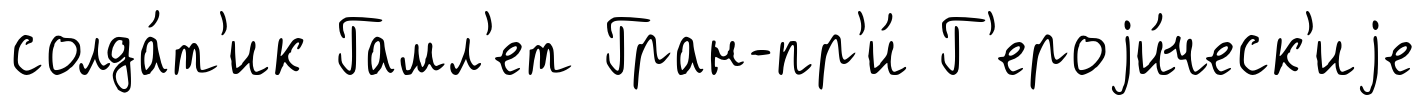
солда́т'ик Гамл'ет Гран-пр'и́ Г'ероjи́ческ'иjе